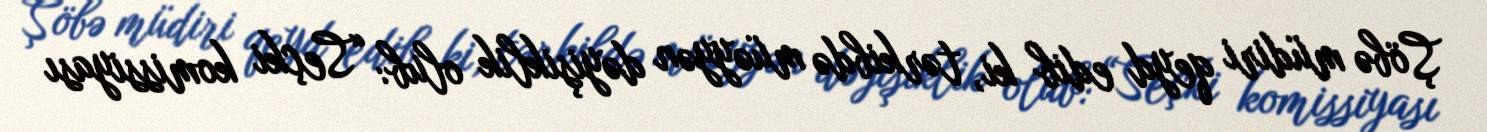
Şöbə müdiri qeyd edib ki, tərkibdə müəyyən dəyişiklik olub: “Seçki komissiyası